Annual report of the Civil Veterinary Department, Bengal, for the year 1896-97 - 1896-1897
Year: 1896
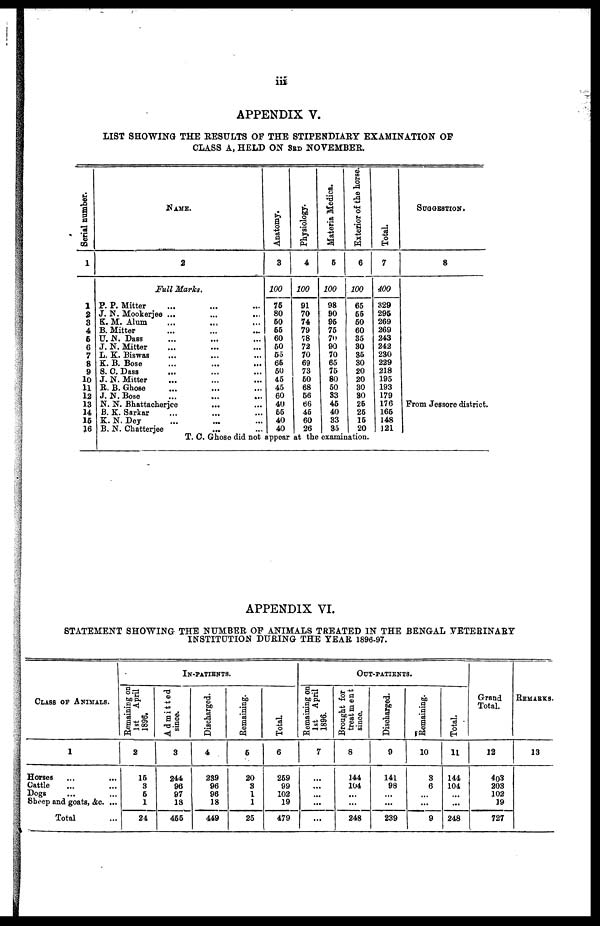
iii
APPENDIX V.
LIST SHOWING THE RESULTS OF THE STIPENDIARY EXAMINATION OF
CLASS A, HELD ON 3RD NOVEMBER.
Serial number.
1
1
2
3
4
5
6
7
8
9
10
11
12
13
14
16
16
NAME.
2
Full Marks.
P. P. Mitter ... ... ...
J. N. Mookerjee ...
...
...
K. M. Alum ... ... ...
B. Mitter ... ... ...
U. N. Dass ... ... ...
J. N. Mitter ... ... ...
L. K. Biswas ... ... ...
K. B. Bose ... ... ...
S. C. Dass ... ... ...
J. N. Mitter ... ... ...
R. B. Ghose ... ... ...
J. N. Bose ... ... ...
N. N. Bhattacherjee ... ...
B. K. Sarkar ... ... ...
K. N. Dey ... ... ...
B. N. Chatterjee ... ...
Anatomy.
3
100
75
80
50
55
60
60
65
65
50
45
45
60
40
55
40
40
Physiology.
4
100
91
70
74
79
18
72
70
69
73
50
68
56
66
45
60
26
Materia Medica.
5
100
98
90
95
75
70
90
70
65
76
80
50
33
45
40
33
35
Exterior of the horse.
6
100
65
55
50
60
35
30
35
30
20
20
30
80
26
25
15
20
Total.
7
400
329
296
269
269
243
242
230
229
218
195
193
179
176
165
148
121
SUGGESTION.
8
From Jessore district.
APPENDIX VI.
STATEMENT SHOWING THE NUMBER OF ANIMALS TREATED IN THE BENGAL VETERINARY
INSTITUTION DURING THE YEAR 1896-97.
CLASS OF ANIMALS.
1
Horses ... ...
Cattle ... ...
Dogs ... ...
Sheep and goats, &c. ...
Total ...
IN-PATIENTS.
Remaining on
1st April
1896.
2
15
3
6
1
24
Admitted
since.
3
244
96
97
18
455
Discharged.
4
239
96
96
18
449
Remaining.
6
20
3
1
1
25
Total.
6
259
99
102
19
479
OUT-PATIENTS.
Remaining on
1st April
1896.
7
...
...
...
...
...
Brought for
treatment
since.
8
144
104
...
...
248
Discharged.
9
141
98
...
...
239
Remaining.
10
3
6
...
...
9
Total.
11
144
104
...
...
248
Grand
Total.
12
403
203
102
19
727
REMARKS.
13
T. C. Ghose did not appear at the examination.